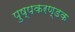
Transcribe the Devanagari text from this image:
पुष्पकरण्डक